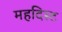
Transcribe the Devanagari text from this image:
महदिस्ट